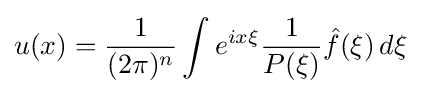
u(x)={\frac {1}{(2\pi )^{n}}}\int e^{ix\xi }{\frac {1}{P(\xi )}}{\hat {f}}(\xi )\,d\xi